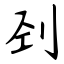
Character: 刭